Sketch of the medical history of the native army of Bombay, for the year
Year: 1876
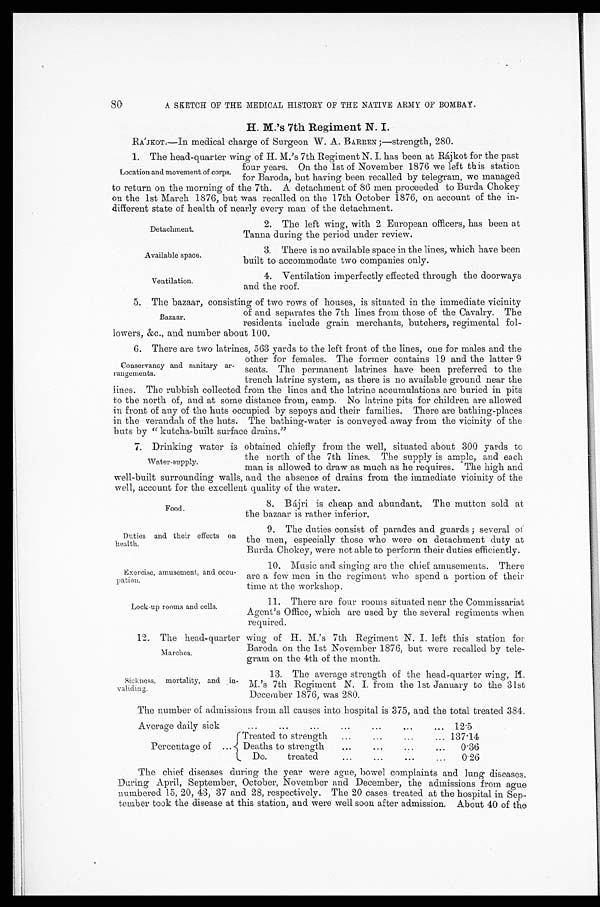
Detachment.
Available space.
Ventilation.
Duties and their effects on
health.
Exercise, amusement, and
occu-pation.
Lock-up rooms and cells.
80
A SKETCH OF THE MEDICAL HISTORY OF THE NATIVE ARMY OF BOMBAY.
H. M.’s 7th Regiment N. I.
RÁJKOT .—In medical charge of Surgeon W. A. B ARREN ;—strength, 280.
1. The head-quarter wing of H. M.’s 7th Regiment N. I. has been at Rájkot for the past
four years. On the 1st of November 1876 we left this station
for Baroda, but having been recalled by telegram, we managed
to return on the morning of the 7th. A detachment of 86 men proceeded to Burda Chokey
on the 1st March 1876, but was recalled on the 17th October 1876, on account of the in-
different state of health of nearly every man of the detachment.
Location and movement of corps.
2. The left wing, with 2 European officers, has been at
Tanna during the period under review.
3. There is no available space in the lines, which have been
built to accommodate two companies only.
4. Ventilation imperfectly effected through the doorways
and the roof.
5.
5. The bazaar, consisting of two rows of houses, is situated in the immediate vicinity
of and separates the 7th lines from those of the Cavalry. The
residents include grain merchants, butchers, regimental fol-
lowers, &c., and number about 100.
6. There are two latrines, 563 yards to the left front of the lines, one for males and the
other for females. The former contains 19 and the latter 9
seats. The permanent latrines have been preferred to the
trench latrine system, as there is no available ground near the
lines. The rubbish collected from the lines and the latrine accumulations are buried in pits
to the north of, and at some distance from, camp. No latrine pits for children are allowed
in front of any of the huts occupied by sepoys and their families. There are bathing-places
in the verandah of the huts. The bathing-water is conveyed away from the vicinity of the
huts by “kutcha-built surface drains.”
7. Drinking water is obtained chiefly from the well, situated about 300 yards to
the north of the 7th lines. The supply is ample, and each
man is allowed to draw as much as he requires. The high and
well-built surrounding walls, and the absence of drains from the immediate vicinity of the
well, account for the excellent quality of the water.
8. Bájri is cheap and abundant. The mutton sold at
the bazaar is rather inferior.
Conservancy and sanitary
ar-
rangements.
Water-supply.
Food.
9. The duties consist of parades and guards ; several of
the men, especially those who were on detachment duty at
Burda Chokey, were not able to perform their duties efficiently.
10. Music and singing are the chief amusements. There
are a few men in the regiment who spend a portion of their
time at the workshop.
11. There are four rooms situated near the Commissariat
Agent’s Office, which are used by the several regiments when
required.
12. The head-quarter wing of H. M.’s 7th Regiment N. I . left this station for
Baroda on the 1st November 1876, but were recalled by tele-
gram on the 4th of the month.
Marches.
Sickness, mortality, and
in-
validing.
1 3 . T h e a v e r a g e s t r e n g t h o f t h e h e a d - q u a r t e r w i n g , H .
M.’s 7th Regiment N. I. from the 1st January to the 31st
December 1876, was 280.
The number of admissions from all causes into hospital is 375, and the total treated 384.
Average daily sick
...
...
...
...
...
. . . . . .
12.5
Percentage of
...
Treated to strength
...
...
...
...
137.14
Deaths to strength
...
...
...
...
0.36
Do.
treated
...
...
. . . . . .
0.26
The chief diseases during the year were ague, bowel complaints and lung diseases.
During April, September, October, November and December, the admissions from ague
numbered 15, 20, 43, 37 and 28, respectively. The 20 cases treated at the hospital in Sep-
tember took the disease at this station, and were well soon after admission. About 40 of the